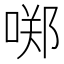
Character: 𱓣